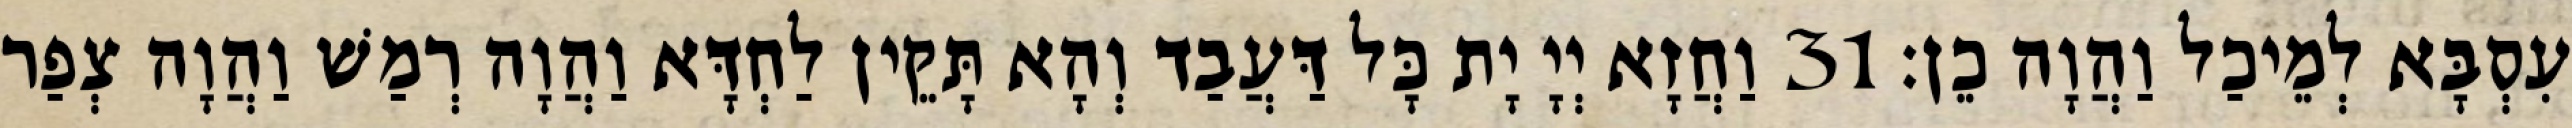
עִסְבָּא לְמֵיכַל וַהֲוָה כֵן׃ 31 וַחֲזָא יְיָ יָת כָּל דַּעֲבַד וְהָא תָּקֵין לַחְדָּא וַהֲוָה רְמַשׁ וַהֲוָה צְפַר